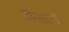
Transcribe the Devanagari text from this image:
कैसटों